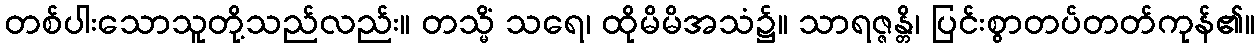
တစ်ပါးသောသူတို့သည်လည်း။ တသ္မိံ သရေ၊ ထိုမိမိအသံ၌။ သာရဇ္ဇန္တိ၊ ပြင်းစွာတပ်တတ်ကုန်၏။